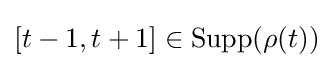
[t-1,t+1]\in \mathrm {Supp} (\rho (t))